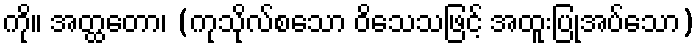
ကို။ အတ္ထတော၊ (ကုသိုလ်စသော ဝိသေသဖြင့် အထူးပြုအပ်သော)